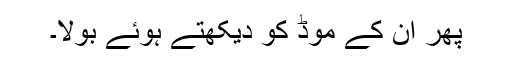
پھر ان کے موڈ کو دیکھتے ہوئے بولا۔